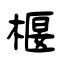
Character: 椻